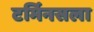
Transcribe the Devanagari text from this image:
टर्मिनसला